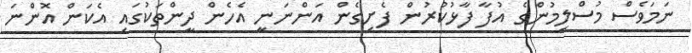
ނަމަވެސް މުސްލިމުންގެ އުފާ ފާޅުކުރުން ފެށިގެން އަންނަނީ އެހެން ދީންތަކުގައި އެކަން އޮންނަ